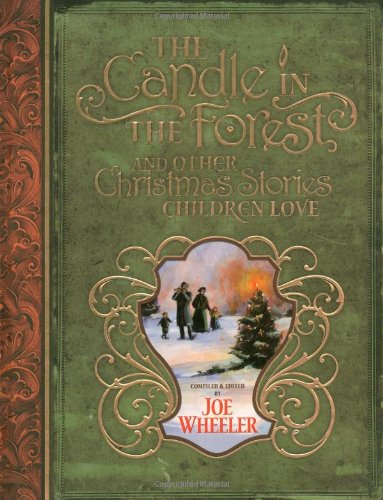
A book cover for The Candle in the Forest: And Other Christmas Stories Children Love; Christian Books & Bibles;